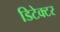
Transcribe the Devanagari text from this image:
डिटेक्‍टर